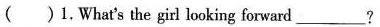
( )1.What's the girl looking forward ___?